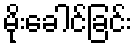
မိုးခေါင်ခြင်း